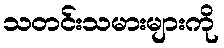
သတင်းသမားများကို